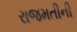
રાજમતીની